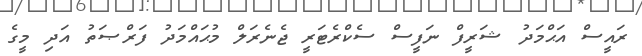
ރައީސް އަޙްމަދު ޝަރީފް ނަފީސް ސެކްރެޓަރީ ޖެނެރަލް މުޙައްމަދު ފަރްޞަތު އަދި މީގެ